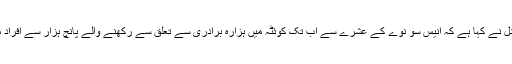
ایمنسٹی انٹرنیشنل نے کہا ہے کہ انیس سو نوے کے عشرے سے اب تک کوئٹہ میں ہزارہ برادری سے تعلق سے رکھنے والے پانچ ہزار سے افراد متاثر ہوئے ہیں۔